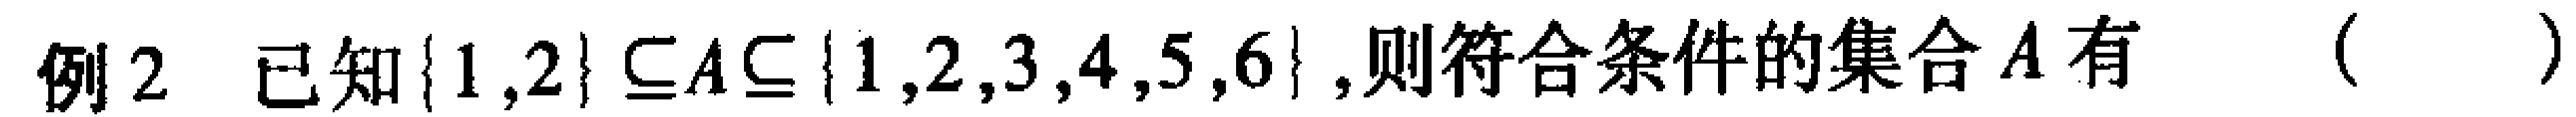
例2 已知\(\{1,2\} \subseteq A\subseteq \{1,2,3,4,5,6\}\),则符合条件的集合\(A\)有（  ）